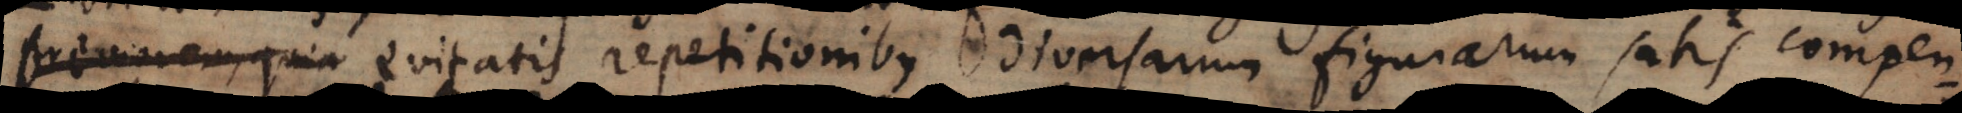
quia evitatis repetitionibus diversarum figurarum satis compen